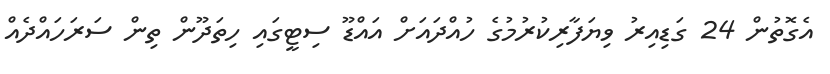
އެގޮތުން 24 ގަޑިއިރު ވިޔަފާރިކުރުމުގެ ހުއްދައަށް އައްޑޫ ސިޓީގައި ހިތަދޫން ތިން ސަރަހައްދެއް